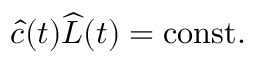
\widehat { c } ( t ) \widehat { L } ( t ) = \mathrm { c o n s t . }